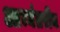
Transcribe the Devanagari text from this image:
आभ्यंतरीय